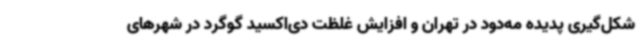
شکل‌گیری پدیده مه‌دود در تهران و افزایش غلظت دی‌اکسید گوگرد در شهرهای